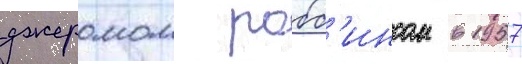
джеромом робб'инсом в 1957